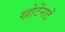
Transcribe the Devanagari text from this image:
खोटेंनाटें